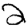
Digit: 2